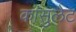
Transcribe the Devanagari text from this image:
कांसुलेट